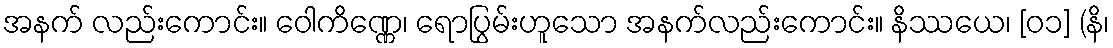
အနက် လည်းကောင်း။ ဝေါကိဏ္ဏေ၊ ရောပြွမ်းဟူသော အနက်လည်းကောင်း။ နိဿယေ၊ [၀၁] (နိ၊